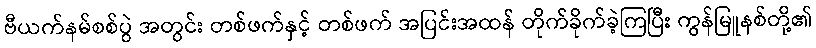
ဗီယက်နမ်စစ်ပွဲ အတွင်း တစ်ဖက်နှင့် တစ်ဖက် အပြင်းအထန် တိုက်ခိုက်ခဲ့ကြပြီး ကွန်မြူနစ်တို့၏